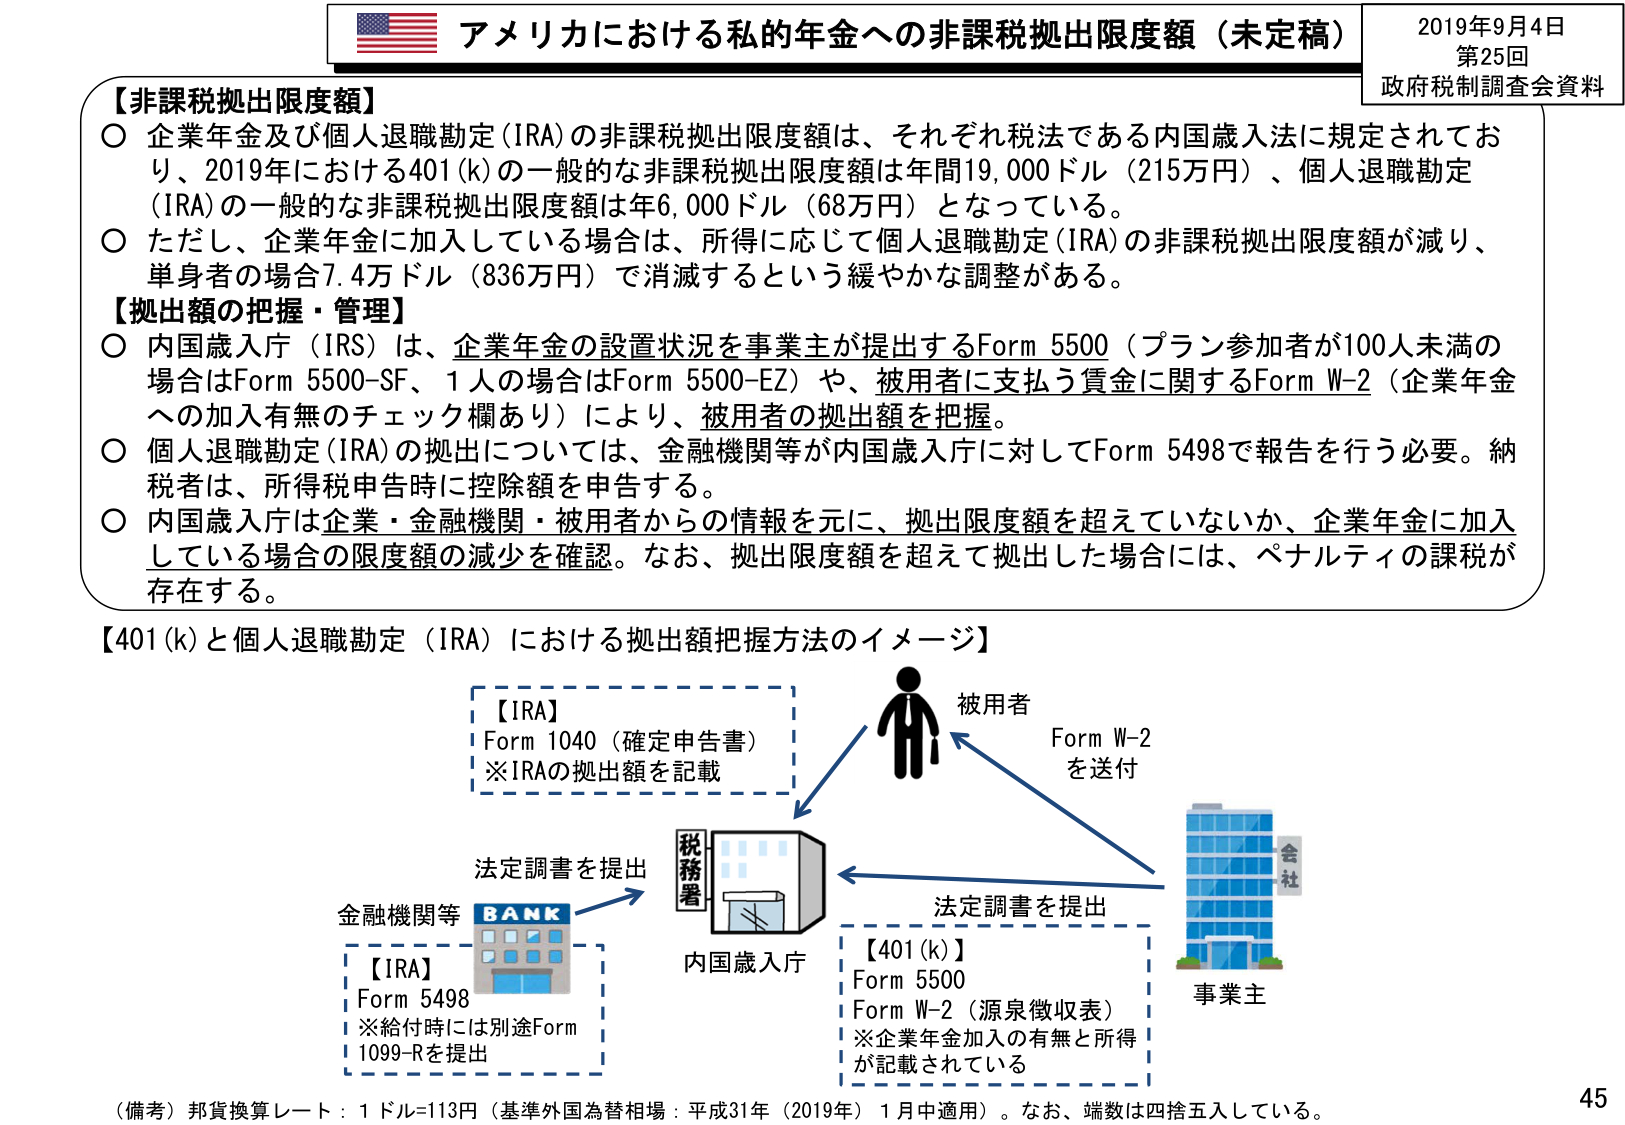
アメリカにおける私的年金への非課税拠出限度額（未定稿）
2019年9月4日
第25回
政府税制調査会資料

【非課税拠出限度額】
○ 企業年金及び個人退職勘定（IRA）の非課税拠出限度額は、それぞれ税法である内国歳入法に規定されており、2019年における401(k)の一般的な非課税拠出限度額は年間19,000ドル（215万円）、個人退職勘定（IRA）の一般的な非課税拠出限度額は年6,000ドル（68万円）となっている。
○ ただし、企業年金に加入している場合は、所得に応じて個人退職勘定（IRA）の非課税拠出限度額が減り、単身者の場合7.4万ドル（836万円）で消滅するという緩やかな調整がある。

【拠出額の把握・管理】
○ 内国歳入庁（IRS）は、企業年金の設置状況を事業主が提出するForm 5500（プラン参加者が100人未満の場合はForm 5500-SF、1人の場合はForm 5500-EZ）や、被用者に支払う賃金に関するForm W-2（企業年金への加入有無のチェック欄あり）により、被用者の拠出額を把握。
○ 個人退職勘定（IRA）の拠出については、金融機関等が内国歳入庁に対してForm 5498で報告を行う必要。納税者は、所得税申告時に控除額を申告する。
○ 内国歳入庁は企業・金融機関・被用者からの情報を元に、拠出限度額を超えていないか、企業年金に加入している場合の限度額の減少を確認。なお、拠出限度額を超えて拠出した場合には、ペナルティの課税が存在する。

【401(k)と個人退職勘定（IRA）における拠出額把握方法のイメージ】
【IRA】
Form 1040（確定申告書）
※IRAの拠出額を記載

被用者
Form W-2
を送付

法定調書を提出
内国歳入庁
【401(k)】
Form 5500
Form W-2（源泉徴収表）
※企業年金加入の有無と所得が記載されている

事業主

金融機関等
BANK
【IRA】
Form 5498
※給付時には別途Form 1099-Rを提出

法定調書を提出
税務署

（備考）邦貨換算レート：1ドル=113円（基準外国為替相場：平成31年（2019年）1月中適用）。なお、端数は四捨五入している。
45